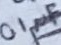
Text: 0.1µF